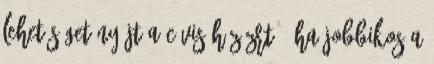
lehetőséget nyújt a Cívis Ház Zrt., ha Jobbikos a